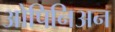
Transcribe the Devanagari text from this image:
ओपिनिअन